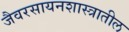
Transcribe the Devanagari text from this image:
जैवरसायनशास्त्रातील